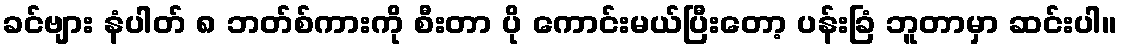
ခင်ဗျား နံပါတ် ၈ ဘတ်စ်ကားကို စီးတာ ပို ကောင်းမယ်ပြီးတော့ ပန်းခြံ ဘူတာမှာ ဆင်းပါ။